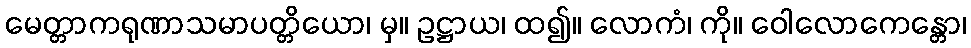
မေတ္တာကရုဏာသမာပတ္တိယော၊ မှ။ ဥဋ္ဌာယ၊ ထ၍။ လောကံ၊ ကို။ ဝေါလောကေန္တော၊